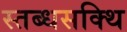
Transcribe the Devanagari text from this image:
स्तब्धसक्थि